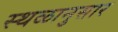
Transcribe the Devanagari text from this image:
स्थळानुसार